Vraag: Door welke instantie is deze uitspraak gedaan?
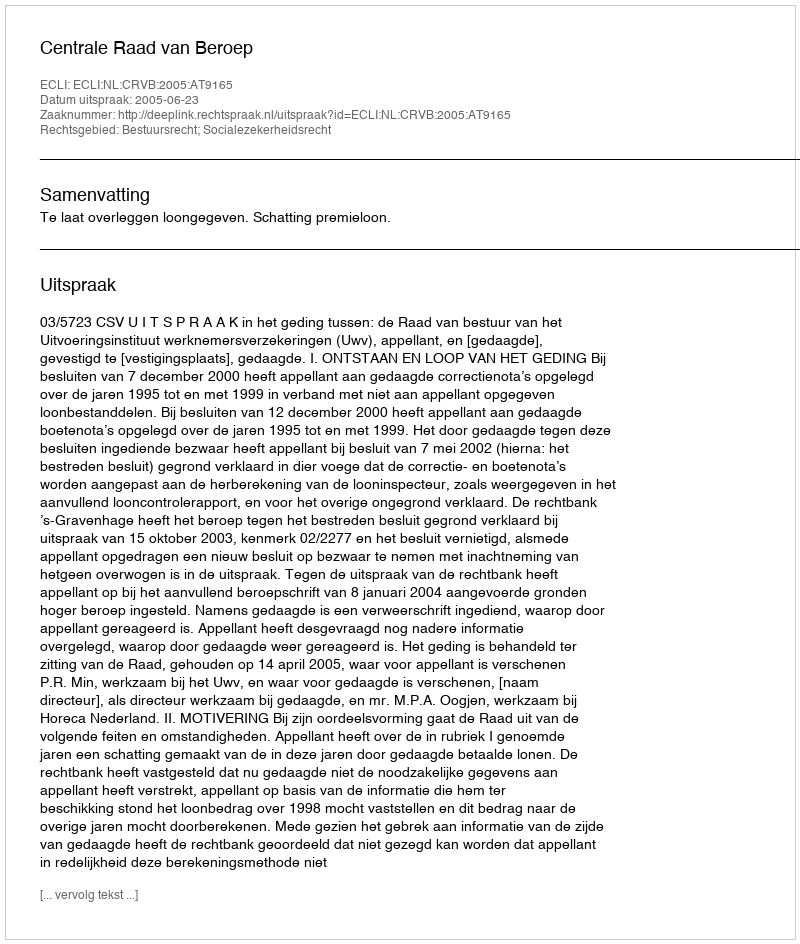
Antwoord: Centrale Raad van Beroep